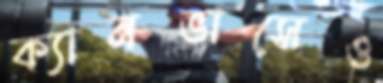
ক্যানভাসেও